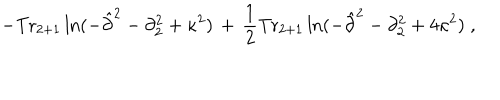
- \mathrm { T r } _ { 2 + 1 } \ln ( - { \hat { \partial } } ^ { 2 } - \partial _ { 2 } ^ { 2 } + \kappa ^ { 2 } ) \, + \, \frac { 1 } { 2 } \mathrm { T r } _ { 2 + 1 } \ln ( - { \hat { \partial } } ^ { 2 } - \partial _ { 2 } ^ { 2 } + 4 \kappa ^ { 2 } ) \; ,